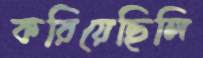
করিয়েছিলি